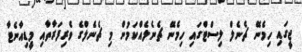
ޖީގައި ހިމެނޭ ޗެނެލް ލިސްޓްގައި ހިމެނޭ ޗެނެލެއްކަމުން މި ޗެނެލްގެ ވެރިފަރާތާއި މީޑިއާނެޓާ